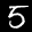
Label: 5